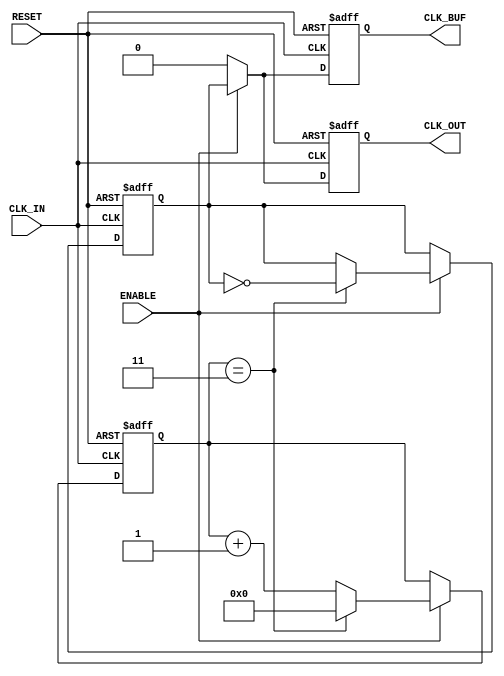
module ClockDividerBuffer #(
    parameter N = 4 // Division factor (default is 4)
)(
    input wire CLK_IN,      // Input clock
    input wire RESET,       // Reset signal
    input wire ENABLE,      // Enable signal
    output reg CLK_OUT,     // Divided clock output
    output reg CLK_BUF      // Buffered clock output
);

    // Internal counter
    reg [31:0] counter; // Adjust size based on N
    reg clk_div;        // Divided clock signal

    // Clock divider logic
    always @(posedge CLK_IN or posedge RESET) begin
        if (RESET) begin
            counter <= 0;
            clk_div <= 0;
        end else if (ENABLE) begin
            if (counter == (N - 1)) begin
                clk_div <= ~clk_div; // Toggle divided clock
                counter <= 0;        // Reset counter
            end else begin
                counter <= counter + 1; // Increment counter
            end
        end
    end

    // Output assignment with buffering
    always @(posedge CLK_IN or posedge RESET) begin
        if (RESET) begin
            CLK_OUT <= 0;
            CLK_BUF <= 0;
        end else if (ENABLE) begin
            CLK_OUT <= clk_div; // Assign divided clock to output
            CLK_BUF <= clk_div; // Buffered output
        end else begin
            CLK_OUT <= 0; // Disable output when not enabled
            CLK_BUF <= 0; // Disable buffered output
        end
    end

endmodule